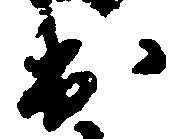
出